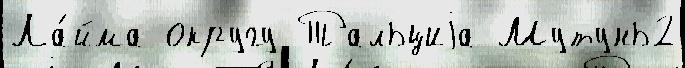
Ла́йма округу Тальциjа Мутунь2